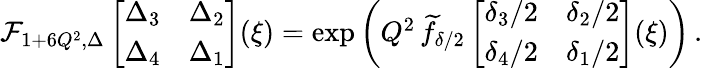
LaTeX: \begin{array}{r}{\mathcal{F}_{1+6Q^{2},\Delta}\left[\begin{array}{ll}{\Delta_{3}}&{\Delta_{2}}\\ {\Delta_{4}}&{\Delta_{1}}\end{array}\right](\xi)=\exp\left(Q^{2}\, \widetilde{f}_{\delta/2}\left[\begin{array}{ll}{\delta_{3}/2}&{\delta_{2}/2}\\ {\delta_{4}/2}&{\delta_{1}/2}\end{array}\right](\xi)\right)\, .}\end{array}